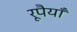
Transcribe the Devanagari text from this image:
रूपैयाँ